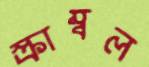
স্ক্রাম্বল